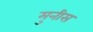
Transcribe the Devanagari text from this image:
मुनीस